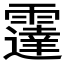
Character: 𲊋